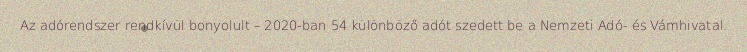
Az adórendszer rendkívül bonyolult – 2020-ban 54 különböző adót szedett be a Nemzeti Adó- és Vámhivatal.